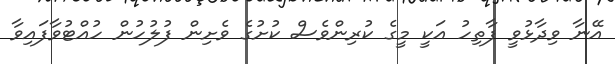
އޭނާ ވިދާޅުވީ ފާތިހު އަކީ މީގެ ކުރިންވެސް ކުށުގެ ވެށިން ފުލުހުން ހުއްޓުވާފައިވާ